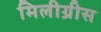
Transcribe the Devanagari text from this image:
मिलीग्रीस